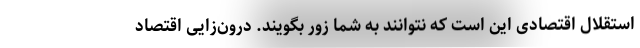
استقلال اقتصادی این است که نتوانند به شما زور بگویند. درون‌زایی اقتصاد